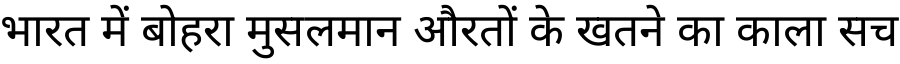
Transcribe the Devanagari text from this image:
भारत में बोहरा मुसलमान औरतों के खतने का काला सच